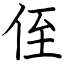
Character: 侄